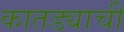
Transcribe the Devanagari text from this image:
कातड्याची